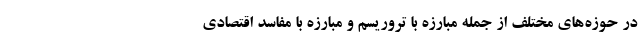
در حوزه‌های مختلف از جمله مبارزه با تروریسم و مبارزه با مفاسد اقتصادی